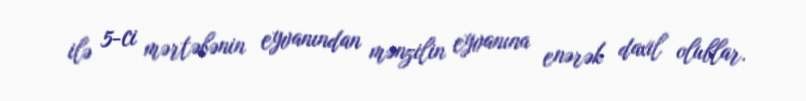
ilə 5-ci mərtəbənin eyvanından mənzilin eyvanına enərək daxil olublar.